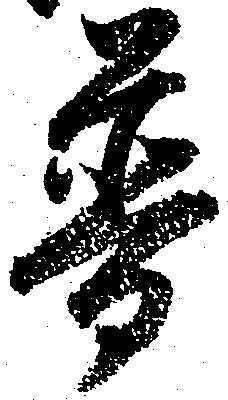
普